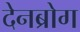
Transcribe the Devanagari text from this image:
देनब्रोग